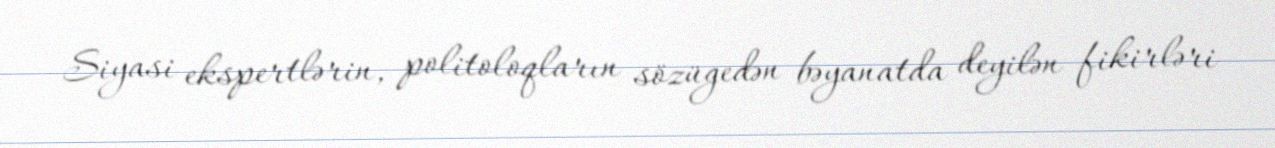
Siyasi ekspertlərin, politoloqların sözügedən bəyanatda deyilən fikirləri